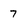
Character: 7